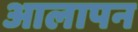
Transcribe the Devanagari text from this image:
आलापन